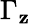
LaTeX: \Gamma_{\mathbf{z}}